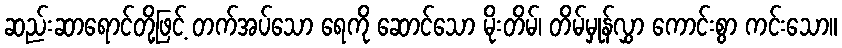
ဆည်းဆာရောင်တို့ဖြင့် တက်အပ်သော ရေကို ဆောင်သော မိုးတိမ်၊ တိမ်မှုန်လွှာ ကောင်းစွာ ကင်းသော။